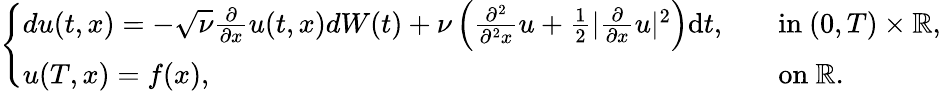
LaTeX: \begin{array}{r}{\left\{ \begin{array}{ll}{du(t,x)=-\sqrt{\nu}\frac{\partial}{\partial x}u(t,x)dW(t)+\nu\left(\frac{\partial^{2}}{\partial^{2}x}u+\frac{1}{2}|\frac{\partial}{\partial x}u|^{2}\right)\mathrm{d}t,\quad}&{\mathrm{in~}(0,T)\times\mathbb{R},}\\ {u(T,x)=f(x),}&{\mathrm{on~}\mathbb{R}.}\end{array}\right.}\end{array}